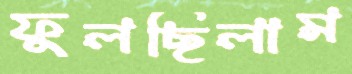
ফুলছিলাম